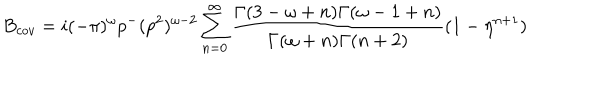
B _ { c o v } = i ( - \pi ) ^ { \omega } p ^ { - } ( p ^ { 2 } ) ^ { \omega - 2 } \sum _ { n = 0 } ^ { \infty } \frac { \Gamma ( 3 - \omega + n ) \Gamma ( \omega - 1 + n ) } { \Gamma ( \omega + n ) \Gamma ( n + 2 ) } ( 1 - \eta ^ { n + 1 } )